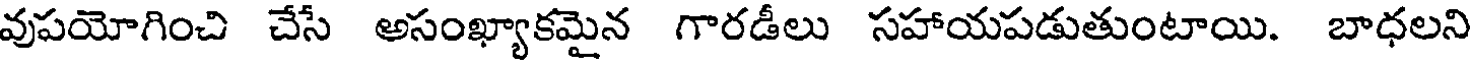
వుపయోగించి చేసే అసంఖ్యాకమైన గారడీలు సహాయపడుతుంటాయి. బాధలని